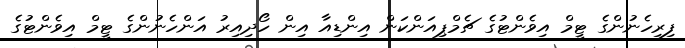
ފިރިހެނުންގެ ޓީމް އިވެންޓުގެ ޗެމްޕިއަންކަން އިންޑިއާ އިން ހޯދިއިރު އަންހެނުންގެ ޓީމް އިވެންޓުގެ